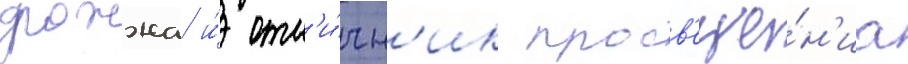
дрожжа и́ отл'и́чн'ик просв'еще́н'иа